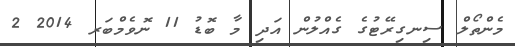
މެންތޯލް ސިނގިރޭޓުގެ ގެއްލުން އަދި މާ ބޮޑު 11 ނޮވެމްބަރ 2014 2